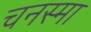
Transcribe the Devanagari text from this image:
चनस्मा